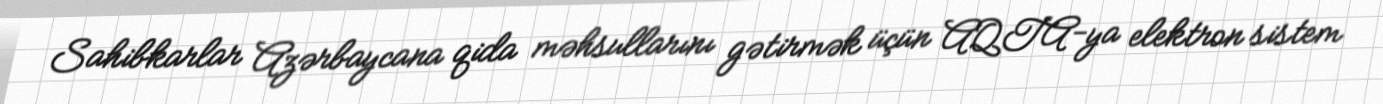
Sahibkarlar Azərbaycana qida məhsullarını gətirmək üçün AQTA-ya elektron sistem